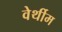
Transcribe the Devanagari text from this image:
वेर्थीम